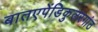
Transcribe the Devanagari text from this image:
बातएपेंडिकुलरगांठ